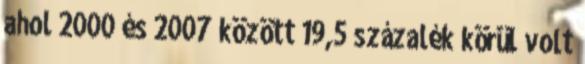
ahol 2000 és 2007 között 19,5 százalék körül volt